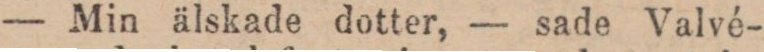
— Min älskade dotter, — sade Valvé-